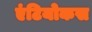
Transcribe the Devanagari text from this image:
एंटियोकस